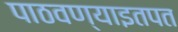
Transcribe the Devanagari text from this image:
पाठवण्याइतपत